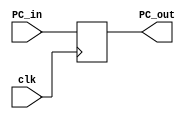
`timescale 1ns / 1ps
//////////////////////////////////////////////////////////////////////////////////
// Company: 
// Engineer: 
// 
// Design Name: 
// Module Name: PC
// Project Name: 
// Target Devices: 
// Tool Versions: 
// Description: 
// 
// Dependencies: 
// 
// Revision:
// Revision 0.01 - File Created
// Additional Comments:
// 
//////////////////////////////////////////////////////////////////////////////////

module PC(clk, PC_in, PC_out);
    input clk;
    input [31:0] PC_in;
    output reg [31:0] PC_out;
    initial begin
        PC_out = 0;
    end
    always @ (posedge clk) begin
        PC_out <= PC_in;
    end
endmodule